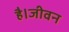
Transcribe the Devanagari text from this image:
है।जीवन